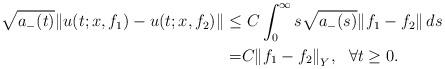
LaTeX: \begin{align*}\sqrt{a_-(t)}\Vert u(t;x,f_1) - u(t; x,f_2)\Vert \le & \ C\int_0^{\infty }s\sqrt{a_-(s)}\Vert f_1-f_2\Vert \, ds \\= & C{\Vert f_1 - f_2 \Vert}_Y, \ \ \forall t\ge 0.\end{align*}